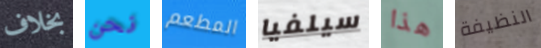
بخلاف نحن المطعم سيلفيا هذا النظيفة